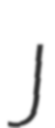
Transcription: J